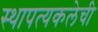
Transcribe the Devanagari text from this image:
स्थापत्यकलेची